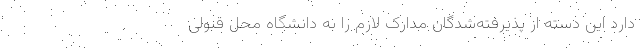
دارد این دسته از پذیرفته‌شدگان مدارک لازم را به دانشگاه محل قبولی